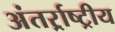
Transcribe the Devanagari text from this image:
अंतर्र्राष्‍ट्रीय